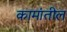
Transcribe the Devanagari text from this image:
कामांतील